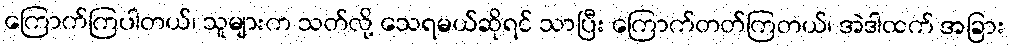
ကြောက်ကြပါတယ်၊ သူများက သတ်လို့ သေရမယ်ဆိုရင် သာပြီး ကြောက်တတ်ကြတယ်၊ အဲဒါထက် အခြား